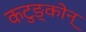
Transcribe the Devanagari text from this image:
कटुङ्कोन्